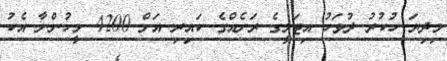
މިދިޔަ ހުކުރު ދުވަހު އިޓަލީގެ ރަށެއްގެ ކައިރި އަށް 4200 މީހުންނާ އެކު